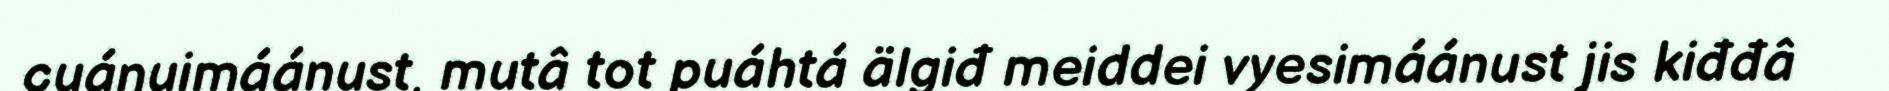
cuáŋuimáánust, mutâ tot puáhtá älgiđ meiddei vyesimáánust jis kiđđâ